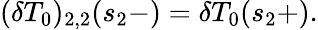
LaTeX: (\delta T_{0})_{2,2}(s_{2}-)=\delta T_{0}(s_{2}+).